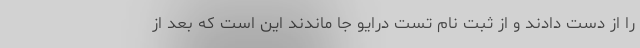
را از دست دادند و از ثبت نام تست درایو جا ماندند این است که بعد از